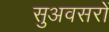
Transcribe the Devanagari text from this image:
सुअवसरों